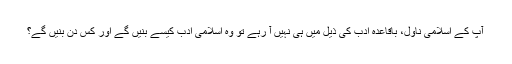
آپ کے اسلامی ناول، باقاعدہ ادب کی ذیل میں ہی نہیں آ رہے تو وہ اسلامی ادب کیسے بنیں گے اور کس دن بنیں گے؟